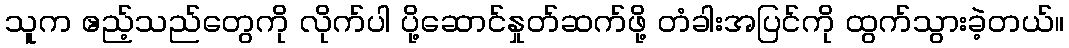
သူက ဧည့်သည်တွေကို လိုက်ပါ ပို့ဆောင်နှုတ်ဆက်ဖို့ တံခါးအပြင်ကို ထွက်သွားခဲ့တယ်။